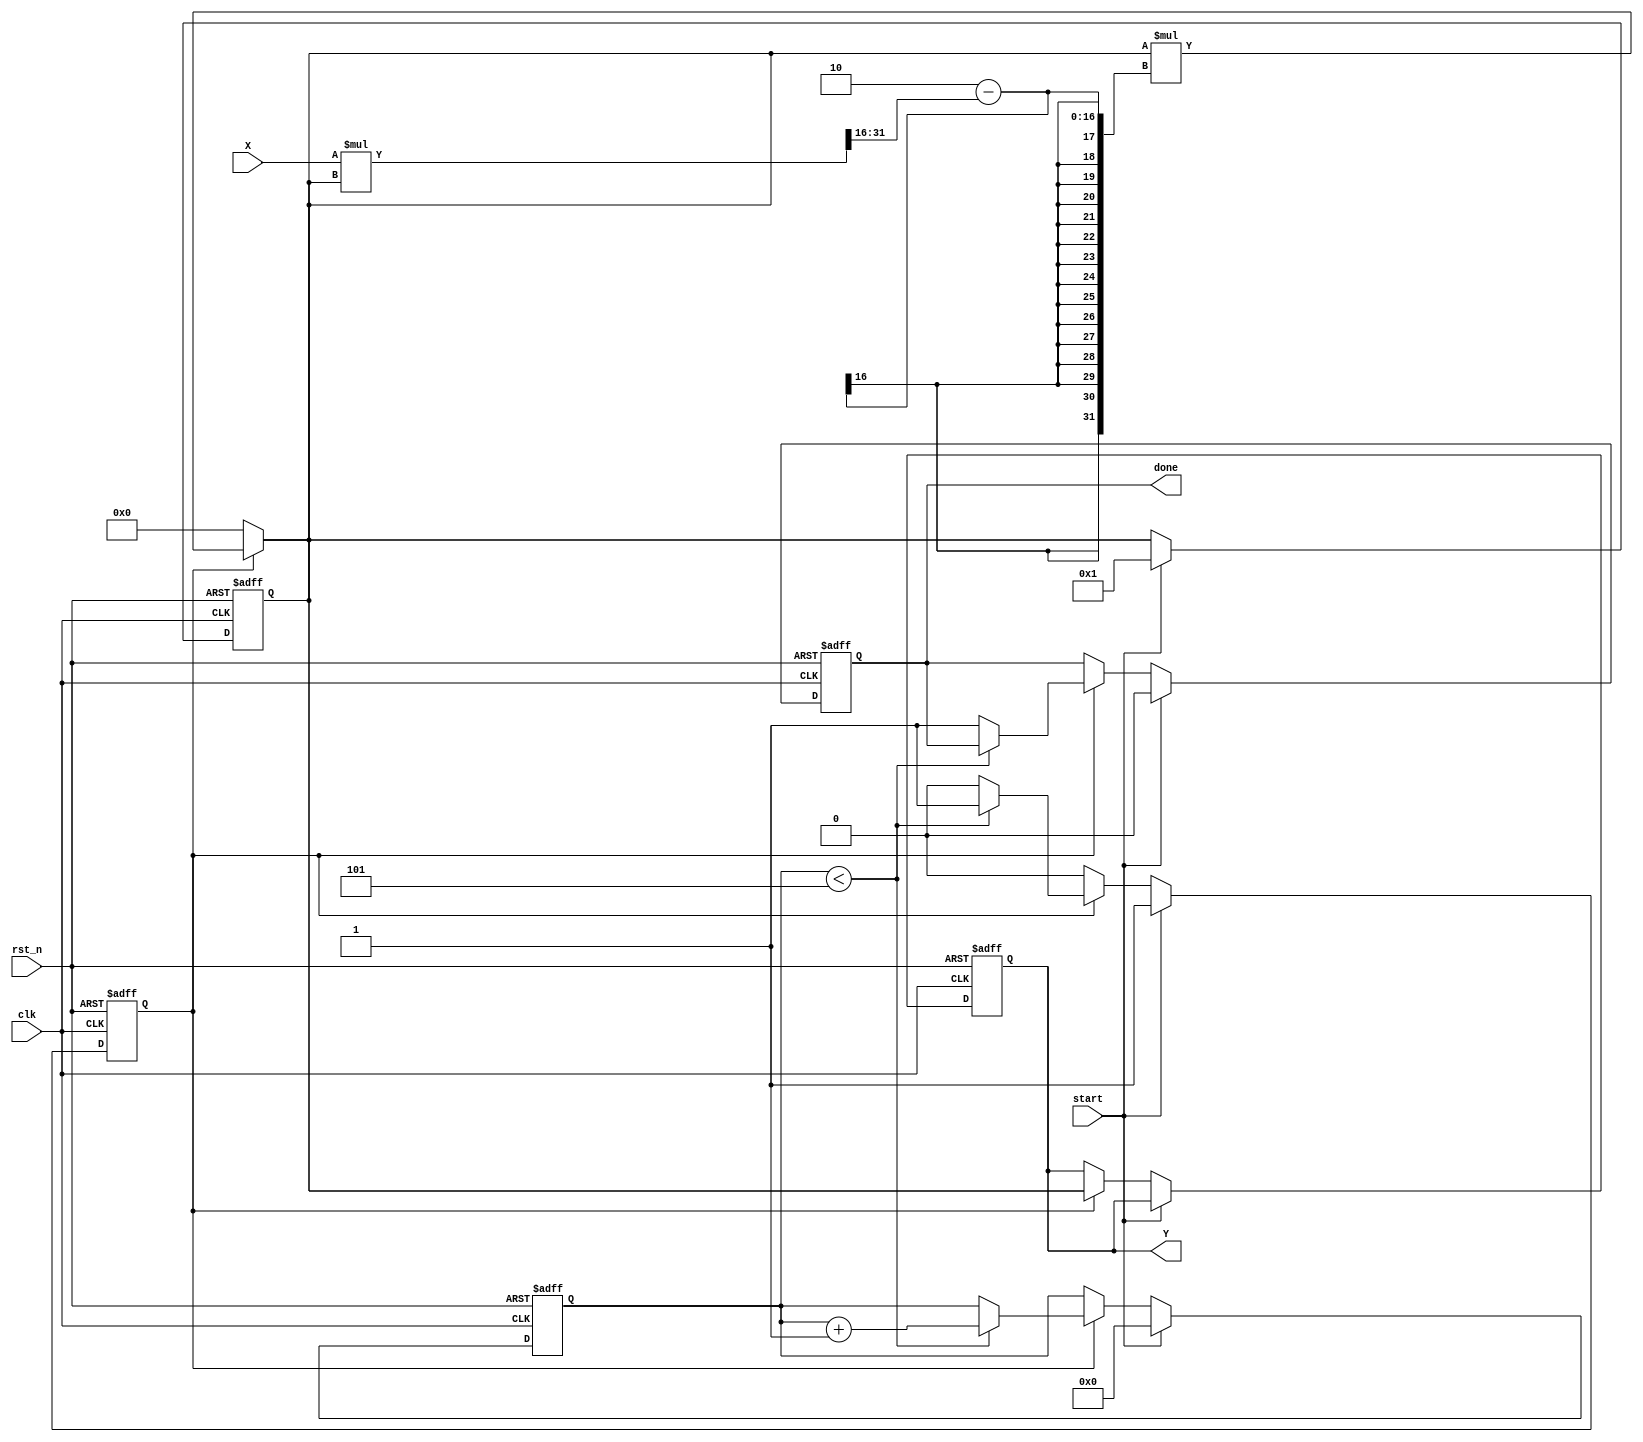
module iterative_reciprocal #(
    parameter WIDTH = 16,         // Width of input and output
    parameter ITERATIONS = 5      // Number of iterations for convergence
)(
    input  wire                  clk,         // Clock signal
    input  wire                  rst_n,       // Active low reset
    input  wire [WIDTH-1:0]     X,           // Input value
    input  wire                  start,       // Control signal to start computation
    output reg  [WIDTH-1:0]     Y,           // Output reciprocal value
    output reg                  done          // Completion signal
);

// Internal signals
reg [WIDTH-1:0] guess;              // Current guess of reciprocal
reg [3:0] count;                     // Iteration counter
reg valid;                           // Valid signal for output

// Combinational logic: Iterative computation
always @(*) begin
    if (valid) begin
        // Apply Newton-Raphson formula: Y[n+1] = Y[n] * (2 - X * Y[n])
        guess = guess * (2 - (X * guess >>> WIDTH)); // Right shift for scaling
    end else begin
        guess = {1'b0, 15'b0}; // Initial guess for the reciprocal (1.0 in fixed-point)
    end
end

// Sequential logic: Control and output generation
always @(posedge clk or negedge rst_n) begin
    if (!rst_n) begin
        Y <= 0;
        done <= 0;
        count <= 0;
        guess <= 0;
        valid <= 0;
    end else begin
        if (start) begin
            // Start computation
            count <= 0;
            valid <= 1;           // Enable valid for iterative calculation
            guess <= {1'b0, 15'b1}; // Initial guess (1.0)
            done <= 0;
        end else if (valid) begin
            // Continue iterations
            if (count < ITERATIONS) begin
                count <= count + 1;
                Y <= guess;       // Store current guess as Y (output)
            end else begin
                Y <= guess;       // Final output after iterations
                done <= 1;        // Signal that computation is done
                valid <= 0;       // Disable valid signal
            end
        end
    end
end

endmodule